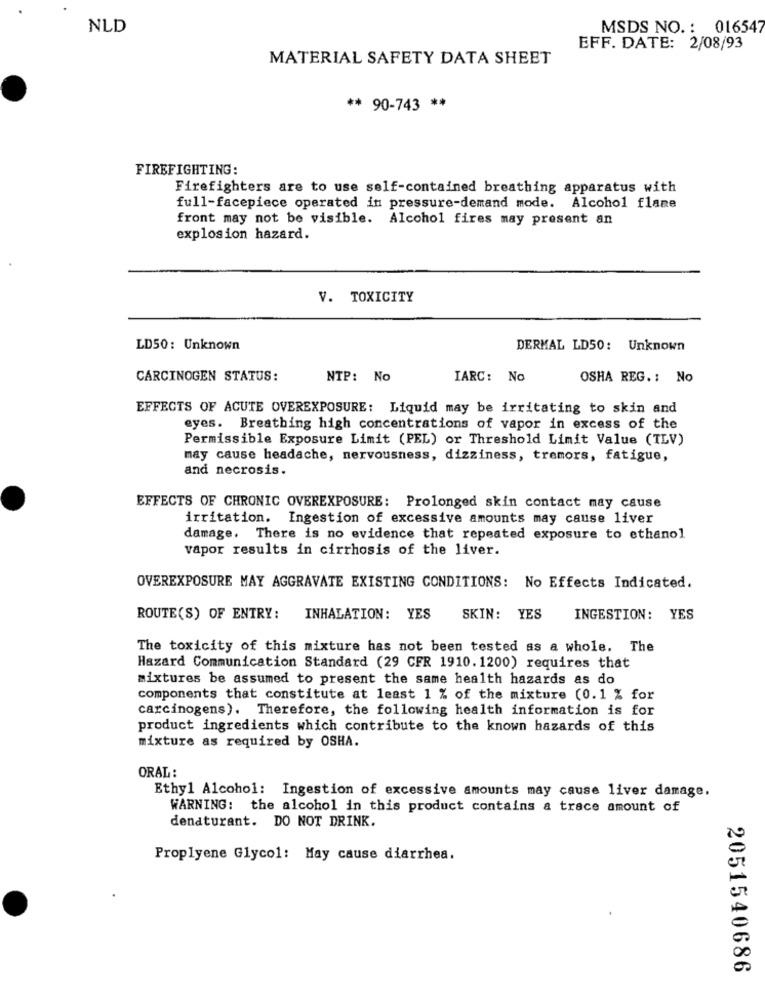
NLD
MSDS NO. : 016547
EFF. DATE: 2/08/93
MATERIAL SAFETY DATA SHEET
** 90-743 **
FIREFIGHTING:
Firefighters are to use self-contained breathing apparatus with
full-facepiece operated in pressure-demand mode. Alcohol flame
front may not be visible. Alcohol fires may present an
explosion hazard.
V. TOXICITY
LD50: Unknown
DERMAL LD50: Unknown
CARCINOGEN STATUS:
NTP: No
IARC: No
OSHA REG. : No
EFFECTS OF ACUTE OVEREXPOSURE: Liquid may be irritating to skin and
eyes. Breathing high concentrations of vapor in excess of the
Permissible Exposure Limit (PEL) or Threshold Limit Value (TLV)
may cause headache, nervousness, dizziness, tremors, fatigue,
and necrosis.
EFFECTS OF CHRONIC OVEREXPOSURE: Prolonged skin contact may cause
irritation. Ingestion of excessive amounts may cause liver
damage. There is no evidence that repeated exposure to ethanol
vapor results in cirrhosis of the liver.
OVEREXPOSURE MAY AGGRAVATE EXISTING CONDITIONS: No Effects Indicated.
ROUTE(S) OF ENTRY: INHALATION: YES
SKIN: YES
INGESTION: YES
The toxicity of this mixture has not been tested as a whole. The
Hazard Communication Standard (29 CFR 1910. 1200) requires that
mixtures be assumed to present the same health hazards as do
components that constitute at least 1 % of the mixture (0.1 % for
carcinogens). Therefore, the following health information is for
product ingredients which contribute to the known hazards of this
mixture as required by OSHA.
ORAL :
Ethyl Alcohol: Ingestion of excessive amounts may cause liver damage.
WARNING: the alcohol in this product contains a trace amount of
denaturant. DO NOT DRINK.
Proplyene Glycol: May cause diarrhea.
2051540686